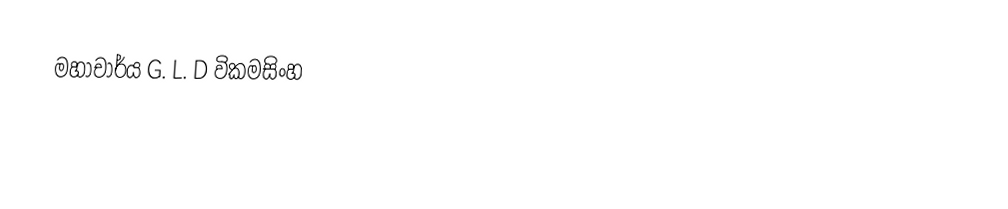
මහාචාර්ය  G. L. D විකමසිංහ